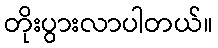
တိုးပွားလာပါတယ်။